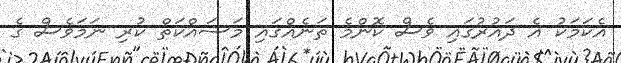
އެކަމަކު އެ ދައުރުގައި ވެސް ކޮންމެ ތަނެއްގައި މަސައްކަތް ކުރި ނަމަވެސް ގެ